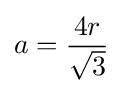
a={\frac {4r}{\sqrt {3}}}